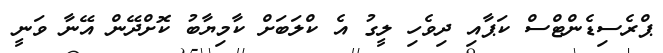
ޕްރެސިޑެންޓްސް ކަޕާއި ދިވެހި ލީގު އެ ކްލަބަށް ކާމިޔާބު ކޮށްދޭން އޭނާ ވަނީ